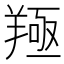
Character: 𦎢